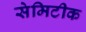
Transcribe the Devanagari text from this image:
सेमिटीक